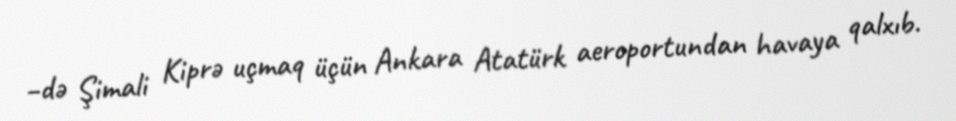
–də Şimali Kiprə uçmaq üçün Ankara Atatürk aeroportundan havaya qalxıb.